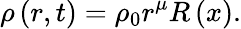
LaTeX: \rho\left(r,t\right)=\rho_{0}r^{\mu}R\left(x\right).